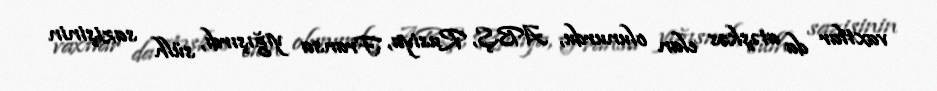
vaxtlar da atəşkəs elan olunurdu, ABŞ, Rusiya, Fransa yığışırdı, sülh sazişinin